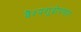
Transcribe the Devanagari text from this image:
वैश्यशूद्रोपचार